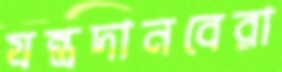
যন্ত্রদানবেরা